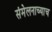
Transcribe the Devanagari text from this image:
संमेलनाच्याच